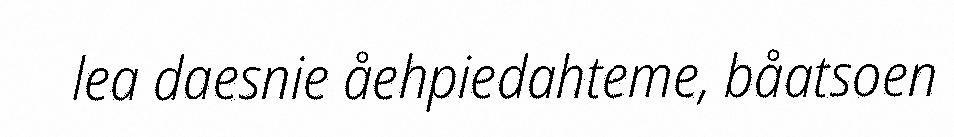
lea daesnie åehpiedahteme, båatsoen